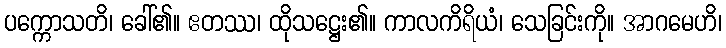
ပက္ကောသတိ၊ ခေါ်၏။ ဧတဿ၊ ထိုသဋ္ဌေး၏။ ကာလကိရိယံ၊ သေခြင်းကို။ အာဂမေဟိ၊